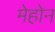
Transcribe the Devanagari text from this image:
मेहोन